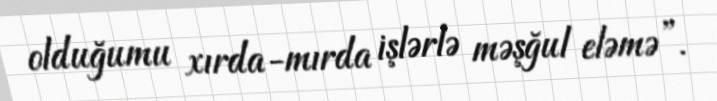
olduğumu xırda-mırda işlərlə məşğul eləmə”.